Medical and sanitary report of the native army of Madras for the year
Year: 1876
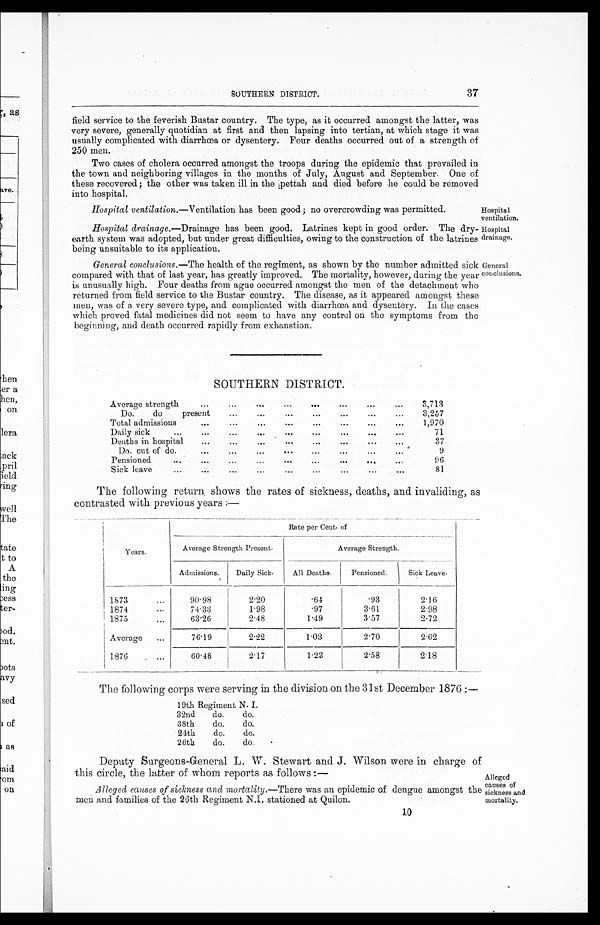
Hospital
ventilation.
Hospital
drainage.
General
conclusions
SOUTHERN DISTRICT.
37
field service to the feverish Bustar country. The type, as it occurred amongst the latter, was
very severe, generally quotidian at first and then lapsing into tertian, at which stage it was
usually complicated with diarrhœa or dysentery. Four deaths occurred out of a strength of
250 men.
Two cases of cholera occurred amongst the troops during the epidemic that prevailed in
the town and neighboring villages in the months of July, August and September. One of
these recovered; the other was taken ill in the pettah and died before he could be removed
into hospital.
Hospital ventilation —Ventilation has been good; no overcrowding was permitted.
Hospital drainage.—Drainage has been good. Latrines kept in good order. The dry-
earth system was adopted, but under great difficulties, owing to the construction of the latrines
being unsuitable to its application.
General conclusions. —The health of the regiment, as shown by the number admitted sick
compared with that of last year, has greatly improved. The mortality, however, during the year
is unusually high. Four deaths from ague occurred amongst the men of the detachment who
returned from field service to the Bustar country. The disease, as it appeared amongst these
men, was of a diarrhœa,
severe type, and complicated with diarrhœa and dysentery. In the cases
which proved fatal medicines did not seem to have any control on the symptoms from the
beginning, and death occurred rapidly from exhaustion.
SOUTHERN DISTRICT.
Average strength
. . . . . .
. . .
. . .
. . .
. . .
. . .
3,713
Do.
do
present
. . .
. . .
. . .
. . .
. . .
. . .
...
3,257
Total admissions
. . .
. . .
. . .
. . .
. . .
. . .
. . .
...
1,970
Daily sick
...
...
. . .
. . .
. . .
. . .
. . .
. . .
...
71
Deaths in hospital
...
. . .
. . .
. . .
. . .
. . .
. . .
...
37
Do. cut of do.
...
. . .
. . .
. . .
. . .
. . .
. . .
...
9
Pensioned
...
...
. . .
. . .
. . .
. . .
. . .
. . .
..,
96
Sick leave
...
. . .
. . .
. . .
. . .
. . .
. . .
. . .
. . .
81
The following return shows the rates of sickness, deaths, and invaliding, as
contrasted with previous years :—
Years.
Rate per Cent. of
Average Strength Present.
Average Strength.
Admissions.
Daily Sick.
All Deaths.
Pensioned.
Sick Leave.
1873
...
90.98
2.20
.64
.93
2.16
1874
. . .
74.33
1.98
.97
3.61
2.98
1875
...
63.26
2 . 4 8
1 . 4 9
3 . 5 7
2 . 7 2
Average ...
76.19
2.22
1.03
2.70
2.62
1876
...
60.48
2.17
1.23
2.58
2.18
The following corps were serving in the division on the 31st December 1876 :—
19th Regiment N. I.
32nd
do.
do.
38th
do.
do.
24th
do.
do.
26th
do.
do.
Deputy Surgeons-General L. W. Stewart and J. Wilson were in charge of
this circle, the latter of whom reports as follows :—
Alleged causes of sickness and mortality .—There was an epidemic of dengue amongst th
e men and families of the 26th Regiment N.I. stationed at Quilon.
10
Alleged
causes of
sickness and
mortality.